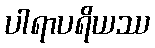
ပါရာပရိယဿ